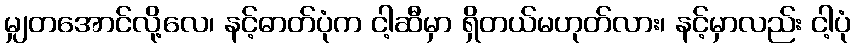
မျှတအောင်လို့လေ၊ နင့်ဓာတ်ပုံက ငါ့ဆီမှာ ရှိတယ်မဟုတ်လား၊ နင့်မှာလည်း ငါ့ပုံ